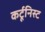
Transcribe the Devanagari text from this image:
कर्टूनिस्ट